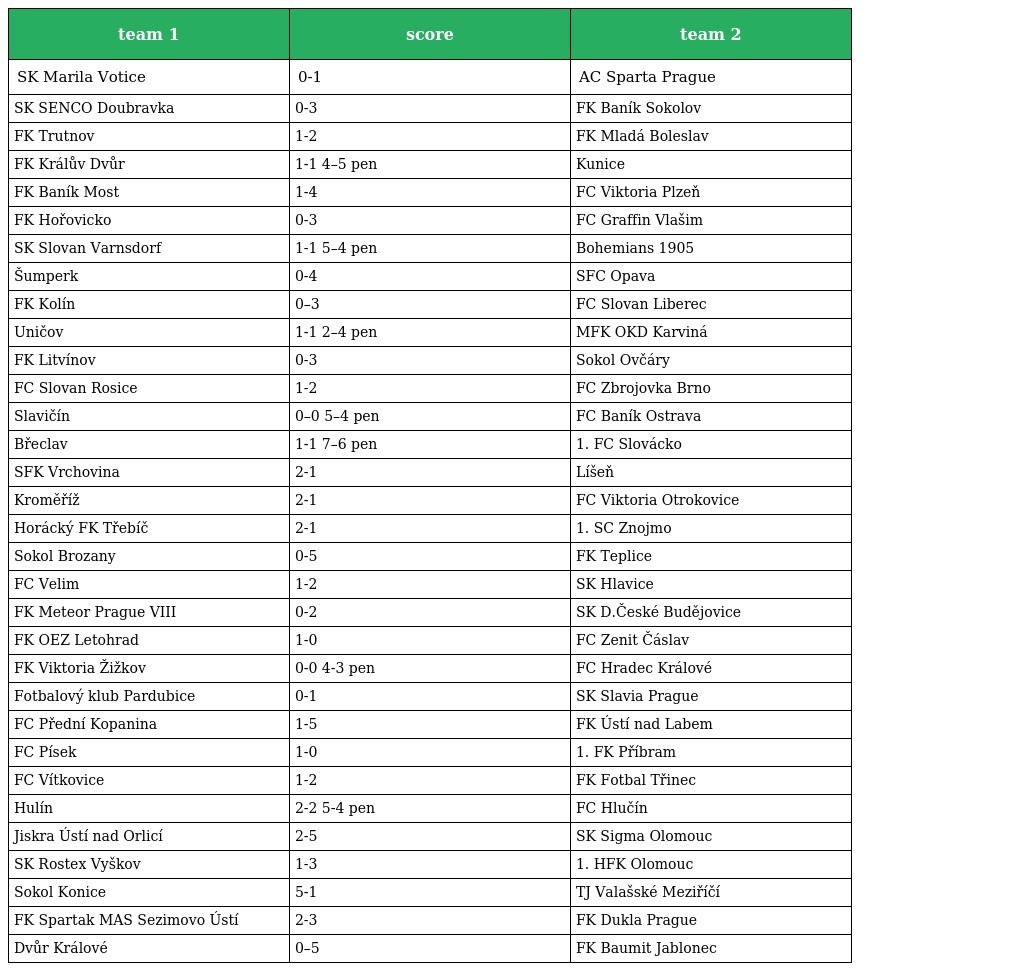
| team 1 | score | team 2 |
 | --- | --- | --- |
 | SK Marila Votice | 0-1 | AC Sparta Prague |
 | SK SENCO Doubravka | 0-3 | FK Baník Sokolov |
 | FK Trutnov | 1-2 | FK Mladá Boleslav |
 | FK Králův Dvůr | 1-1 4–5 pen | Kunice |
 | FK Baník Most | 1-4 | FC Viktoria Plzeň |
 | FK Hořovicko | 0-3 | FC Graffin Vlašim |
 | SK Slovan Varnsdorf | 1-1 5–4 pen | Bohemians 1905 |
 | Šumperk | 0-4 | SFC Opava |
 | FK Kolín | 0–3 | FC Slovan Liberec |
 | Uničov | 1-1 2–4 pen | MFK OKD Karviná |
 | FK Litvínov | 0-3 | Sokol Ovčáry |
 | FC Slovan Rosice | 1-2 | FC Zbrojovka Brno |
 | Slavičín | 0–0 5–4 pen | FC Baník Ostrava |
 | Břeclav | 1-1 7–6 pen | 1. FC Slovácko |
 | SFK Vrchovina | 2-1 | Líšeň |
 | Kroměříž | 2-1 | FC Viktoria Otrokovice |
 | Horácký FK Třebíč | 2-1 | 1. SC Znojmo |
 | Sokol Brozany | 0-5 | FK Teplice |
 | FC Velim | 1-2 | SK Hlavice |
 | FK Meteor Prague VIII | 0-2 | SK D.České Budějovice |
 | FK OEZ Letohrad | 1-0 | FC Zenit Čáslav |
 | FK Viktoria Žižkov | 0-0 4-3 pen | FC Hradec Králové |
 | Fotbalový klub Pardubice | 0-1 | SK Slavia Prague |
 | FC Přední Kopanina | 1-5 | FK Ústí nad Labem |
 | FC Písek | 1-0 | 1. FK Příbram |
 | FC Vítkovice | 1-2 | FK Fotbal Třinec |
 | Hulín | 2-2 5-4 pen | FC Hlučín |
 | Jiskra Ústí nad Orlicí | 2-5 | SK Sigma Olomouc |
 | SK Rostex Vyškov | 1-3 | 1. HFK Olomouc |
 | Sokol Konice | 5-1 | TJ Valašské Meziříčí |
 | FK Spartak MAS Sezimovo Ústí | 2-3 | FK Dukla Prague |
 | Dvůr Králové | 0–5 | FK Baumit Jablonec |